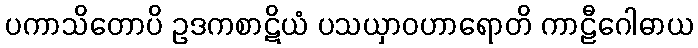
ပကာသိတောပိ ဥဒကစာဋိယံ ပသယှာဝဟာရောတိ ကာဠီဂေါဓာယ